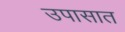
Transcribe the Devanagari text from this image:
उपासात